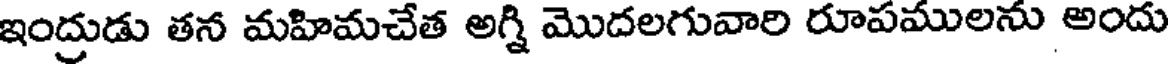
ఇంద్రుడు తన మహిమచేత అగ్ని మొదలగువారి రూపములను అందు